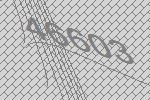
46603